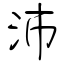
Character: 沛